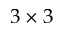
3 \times 3